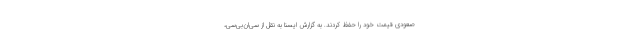
صعودی قیمت خود را حفظ کردند. به گزارش ایسنا به نقل از سی‌ان‌بی‌سی،